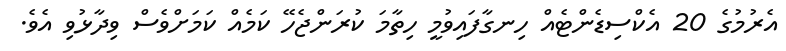
އެރުމުގެ 20 އެކްސިޑެންޓެއް ހިނގާފައިވުމީ ހިތާމަ ކުރަންޖެހޭ ކަމެއް ކަމަށްވެސް ވިދާޅުވި އެވެ.